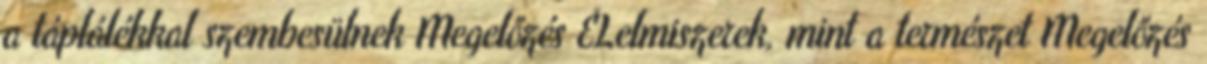
a táplálékkal szembesülnek Megelőzés ÉLelmiszerek, mint a természet Megelőzés